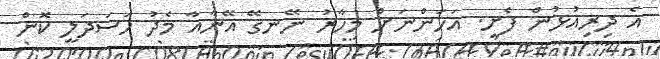
އެ ދިރިއުޅުން ފެށީ. އަހަންނަށް މިހާރު ނޭނގޭ އޭނާއާ މެދު ހަސަދަލީ ކޮން